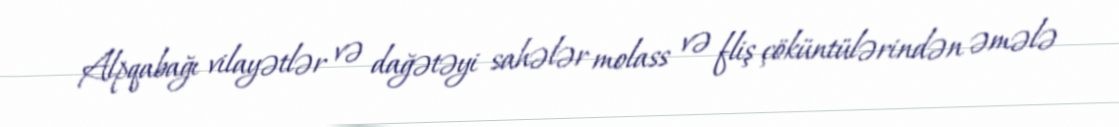
Alpqabağı vilayətlər və dağətəyi sahələr molass və fliş çöküntülərindən əmələ